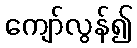
ကျော်လွန်၍